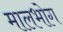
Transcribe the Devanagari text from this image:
मालभोग